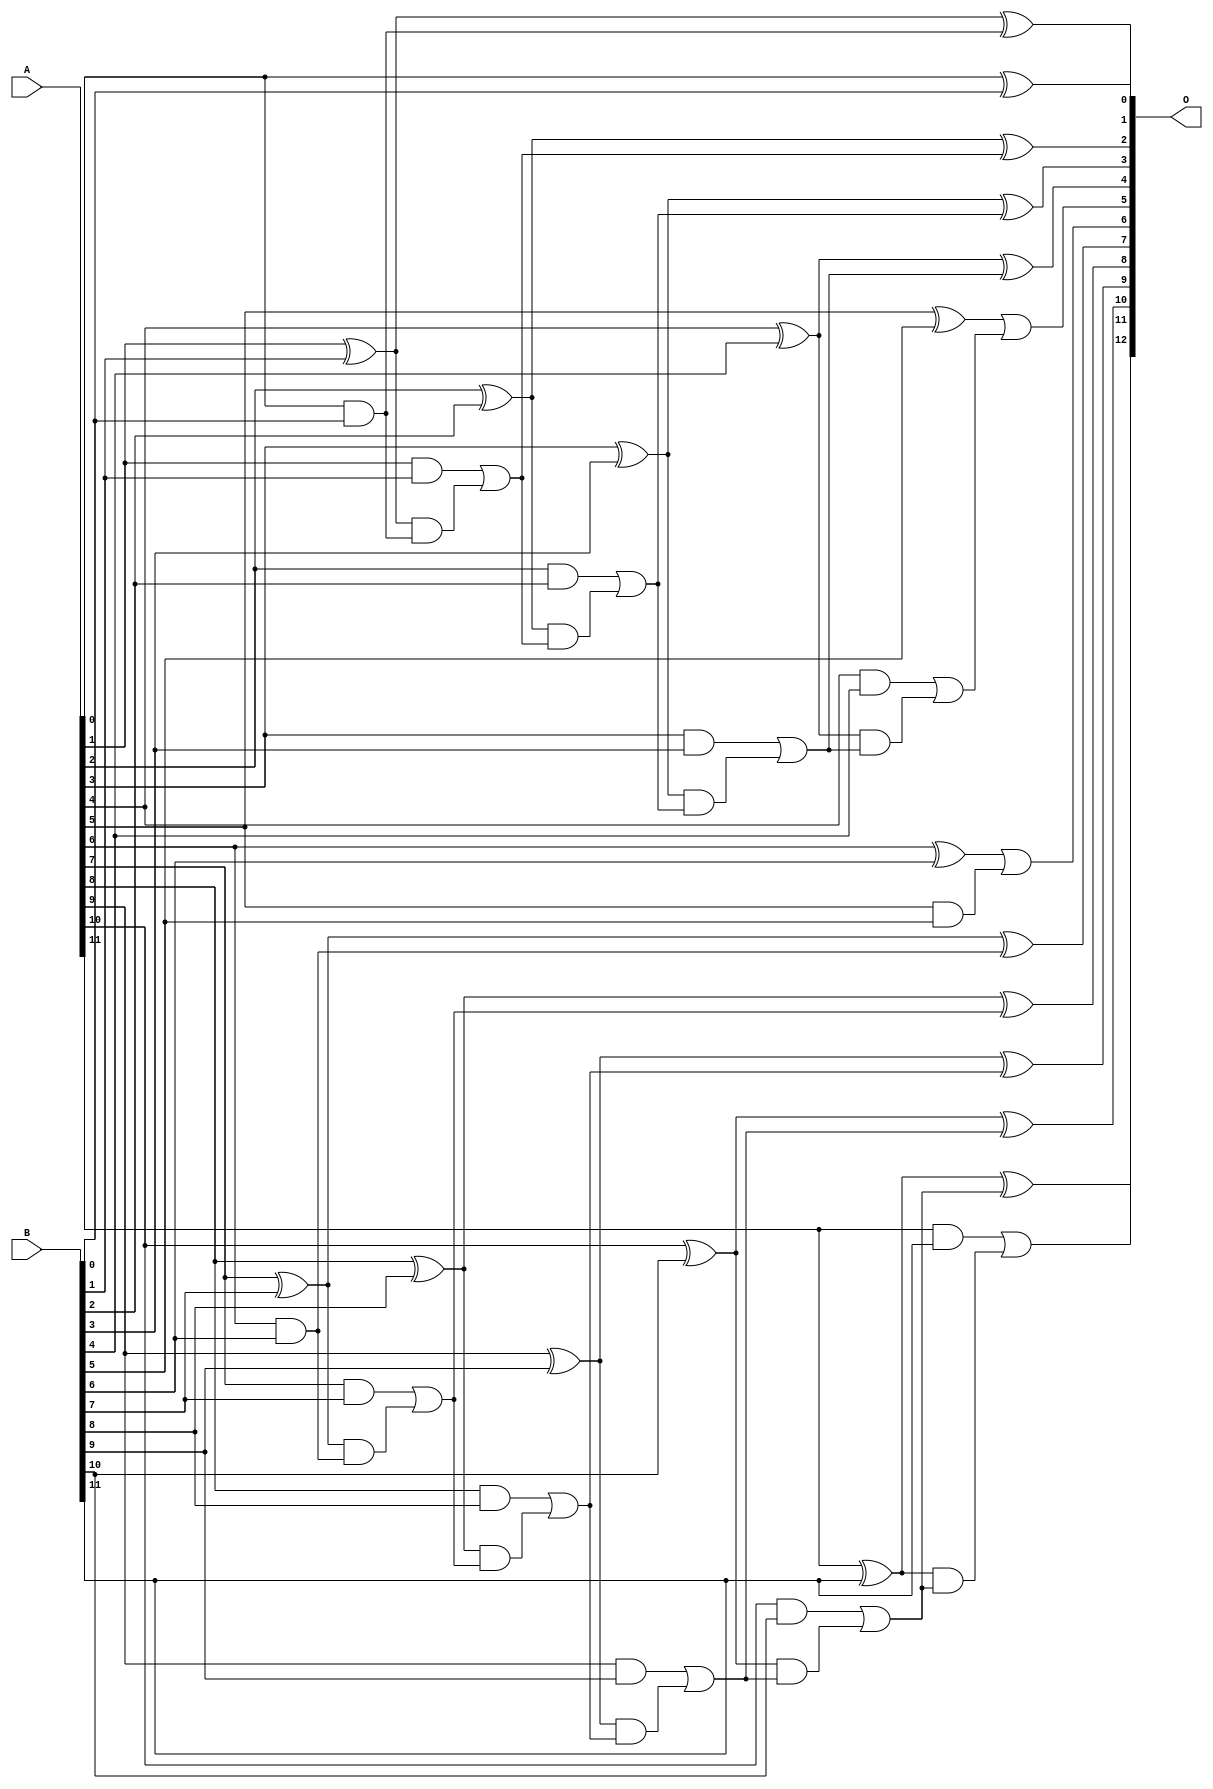
// This program was cloned from: https://github.com/ehw-fit/evoapproxlib
// License: MIT License

/***
* This code is a part of EvoApproxLib library (ehw.fit.vutbr.cz/approxlib) distributed under The MIT License.
* When used, please cite the following article(s): V. Mrazek, L. Sekanina, Z. Vasicek "Libraries of Approximate Circuits: Automated Design and Application in CNN Accelerators" IEEE Journal on Emerging and Selected Topics in Circuits and Systems, Vol 10, No 4, 2020 
* This file contains a circuit from a sub-set of pareto optimal circuits with respect to the pwr and ep parameters
***/
// MAE% = 0.19 %
// MAE = 16 
// WCE% = 0.78 %
// WCE = 64 
// WCRE% = 50.00 %
// EP% = 36.72 %
// MRE% = 0.52 %
// MSE = 760 
// PDK45_PWR = 0.046 mW
// PDK45_AREA = 110.3 um2
// PDK45_DELAY = 0.47 ns


module add12u_4XD(A, B, O);
  input [11:0] A, B;
  output [12:0] O;
  wire sig_25, sig_26, sig_27, sig_28, sig_30, sig_31;
  wire sig_32, sig_33, sig_35, sig_36, sig_37, sig_38;
  wire sig_40, sig_41, sig_42, sig_43, sig_45, sig_46;
  wire sig_50, sig_51, sig_52, sig_55, sig_56, sig_57;
  wire sig_58, sig_60, sig_61, sig_62, sig_63, sig_65;
  wire sig_66, sig_67, sig_68, sig_70, sig_71, sig_72;
  wire sig_73, sig_75, sig_76, sig_77, sig_78;
  assign O[0] = A[0] ^ B[0];
  assign sig_25 = A[0] & B[0];
  assign sig_26 = A[1] ^ B[1];
  assign sig_27 = A[1] & B[1];
  assign sig_28 = sig_26 & sig_25;
  assign O[1] = sig_26 ^ sig_25;
  assign sig_30 = sig_27 | sig_28;
  assign sig_31 = A[2] ^ B[2];
  assign sig_32 = A[2] & B[2];
  assign sig_33 = sig_31 & sig_30;
  assign O[2] = sig_31 ^ sig_30;
  assign sig_35 = sig_32 | sig_33;
  assign sig_36 = A[3] ^ B[3];
  assign sig_37 = A[3] & B[3];
  assign sig_38 = sig_36 & sig_35;
  assign O[3] = sig_36 ^ sig_35;
  assign sig_40 = sig_37 | sig_38;
  assign sig_41 = A[4] ^ B[4];
  assign sig_42 = A[4] & B[4];
  assign sig_43 = sig_41 & sig_40;
  assign O[4] = sig_41 ^ sig_40;
  assign sig_45 = sig_42 | sig_43;
  assign sig_46 = A[5] ^ B[5];
  assign O[5] = sig_46 | sig_45;
  assign sig_50 = A[5] & B[5];
  assign sig_51 = A[6] ^ B[6];
  assign sig_52 = A[6] & B[6];
  assign O[6] = sig_51 | sig_50;
  assign sig_55 = sig_52;
  assign sig_56 = A[7] ^ B[7];
  assign sig_57 = A[7] & B[7];
  assign sig_58 = sig_56 & sig_55;
  assign O[7] = sig_56 ^ sig_55;
  assign sig_60 = sig_57 | sig_58;
  assign sig_61 = A[8] ^ B[8];
  assign sig_62 = A[8] & B[8];
  assign sig_63 = sig_61 & sig_60;
  assign O[8] = sig_61 ^ sig_60;
  assign sig_65 = sig_62 | sig_63;
  assign sig_66 = A[9] ^ B[9];
  assign sig_67 = A[9] & B[9];
  assign sig_68 = sig_66 & sig_65;
  assign O[9] = sig_66 ^ sig_65;
  assign sig_70 = sig_67 | sig_68;
  assign sig_71 = A[10] ^ B[10];
  assign sig_72 = A[10] & B[10];
  assign sig_73 = sig_71 & sig_70;
  assign O[10] = sig_71 ^ sig_70;
  assign sig_75 = sig_72 | sig_73;
  assign sig_76 = A[11] ^ B[11];
  assign sig_77 = A[11] & B[11];
  assign sig_78 = sig_76 & sig_75;
  assign O[11] = sig_76 ^ sig_75;
  assign O[12] = sig_77 | sig_78;
endmodule